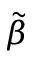
\tilde { \beta }